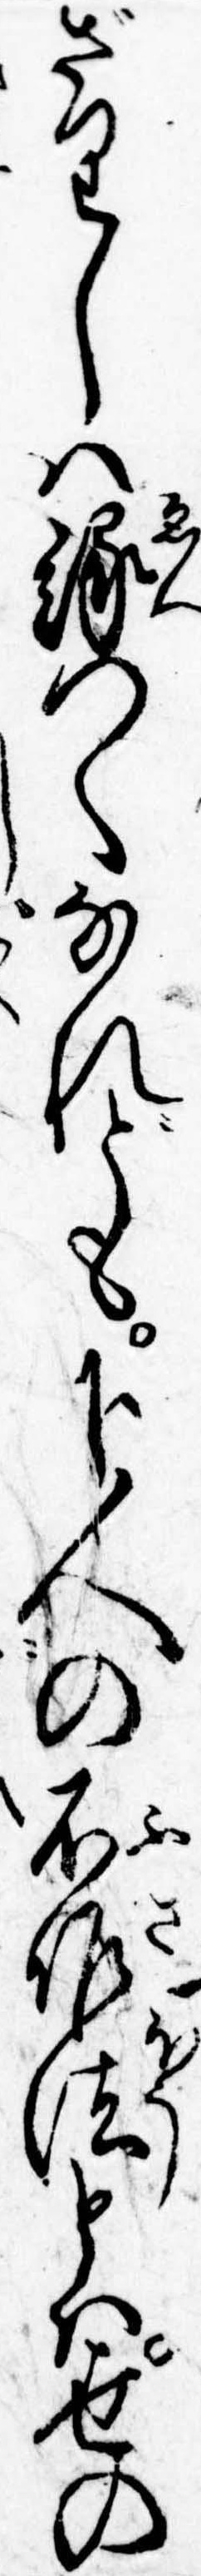
ざりしは縁つくなれども下人の不作法とは世の